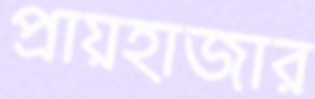
প্রায়হাজার